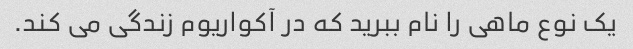
یک نوع ماهی را نام ببرید که در آکواریوم زندگی می کند.